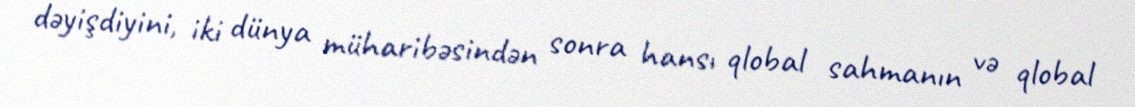
dəyişdiyini, iki dünya müharibəsindən sonra hansı qlobal sahmanın və qlobal